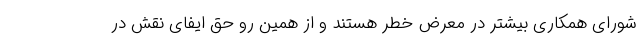
شورای همکاری بیشتر در معرض خطر هستند و از همین رو حق ایفای نقش در